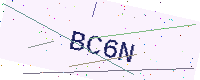
Text: BC6N